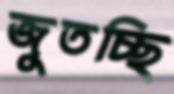
জুতচ্ছি